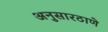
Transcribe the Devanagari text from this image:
अनुसारठाणे